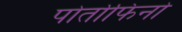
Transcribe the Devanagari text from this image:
पोर्तोफिनो